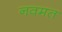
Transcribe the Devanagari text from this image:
नवमत